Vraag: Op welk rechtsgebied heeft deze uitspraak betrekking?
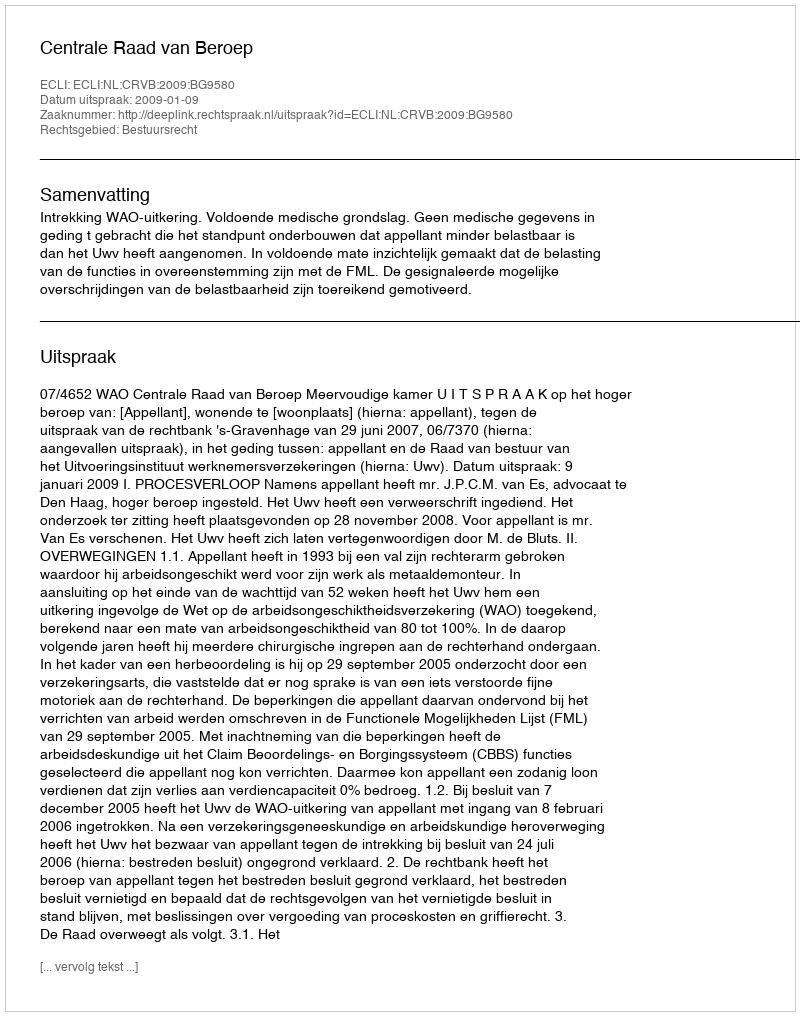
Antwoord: Bestuursrecht